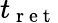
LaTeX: t_{\mathrm{~r~e~t~}}